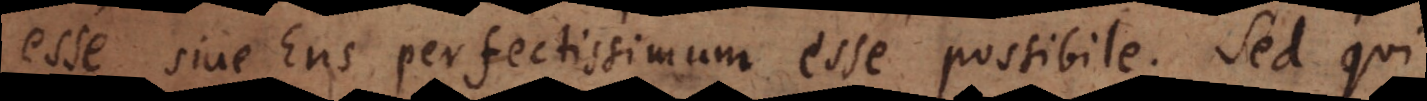
esse, sive Ens perfectissimum esse possibile. Sed qui